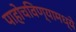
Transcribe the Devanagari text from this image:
पाहोचविण्यामध्ये